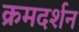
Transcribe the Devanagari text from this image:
क्रमदर्शन